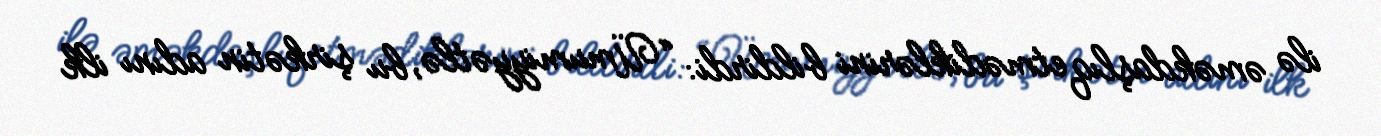
ilə əməkdaşlıq etmədiklərini bildirdi: “Ümumiyyətlə, bu şirkətin adını ilk